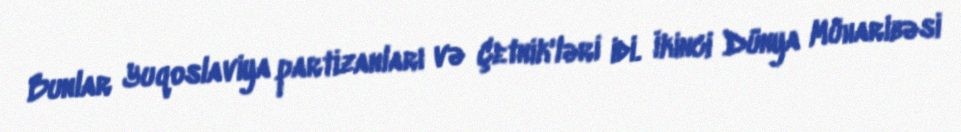
Bunlar Yuqoslaviya partizanları və Çetnik'ləri idi. İkinci Dünya Müharibəsi